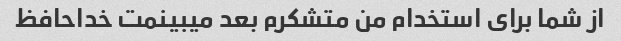
از شما برای استخدام من متشکرم بعد میبینمت خداحافظ